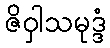
ဇိဝှါသမုဒ္ဒံ